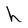
Character: h